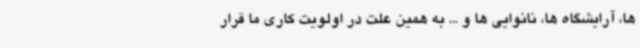
ها، آرایشگاه ها، نانوایی ها و ... به همین علت در اولویت کاری ما قرار